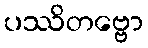
ပဿိတဗ္ဗော